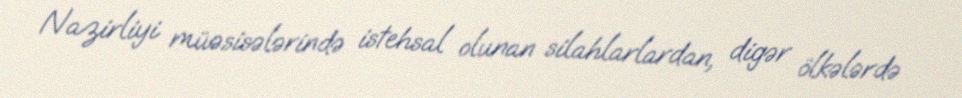
Nazirliyi müəsisələrində istehsal olunan silahlarlardan, digər ölkələrdə